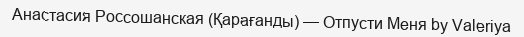
Анастасия Россошанская (Қарағанды) — Отпусти Меня by Valeriya